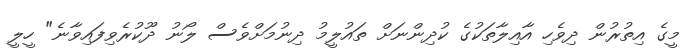
މީގެ އިތުރުން ދިވެހި އާއިލާތަކުގެ ކުދިންނަށް ތައުލީމު ދިނުމަށްވެސް ލޯނު ދޫކުރެވިފައިވާނެ" ހީލީ